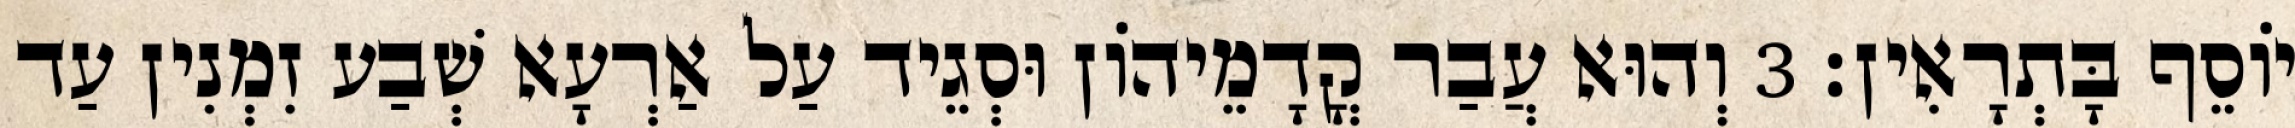
יוֹסֵף בָּתְרָאִין׃ 3 וְהוּא עֲבַר קֳדָמֵיהוֹן וּסְגֵיד עַל אַרְעָא שְׁבַע זִמְנִין עַד